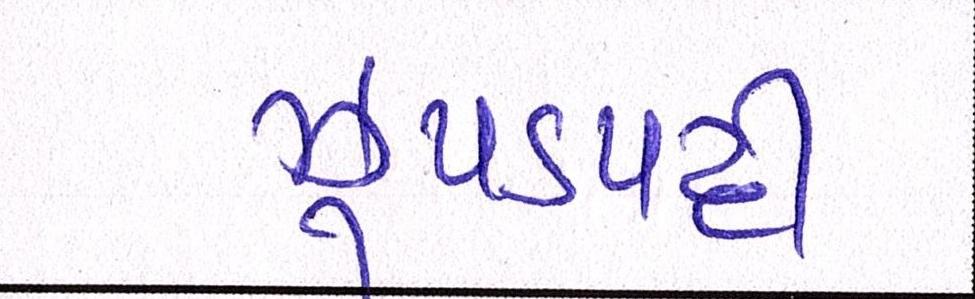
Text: ઝુપડપટ્ટી